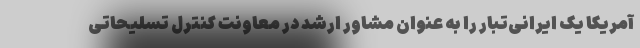
آمریکا یک ایرانی‌تبار را به عنوان مشاور ارشد در معاونت کنترل تسلیحاتی